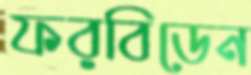
ফরবিডেন